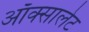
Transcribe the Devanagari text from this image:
ऑक्सालेट